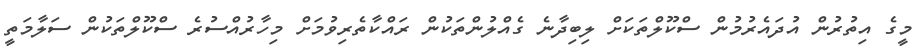
މީގެ އިތުރުން އުދައެރުމުން ސްކޫލްތަކަށް ލިބިދާނެ ގެއްލުންތަކުން ރައްކާތެރިވުމަށް މިހާރުއްސުރެ ސްކޫލްތަކުން ސަލާމަތީ